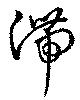
滞